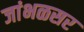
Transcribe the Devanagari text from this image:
जांभळसर